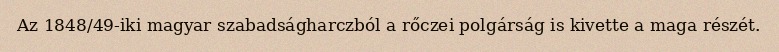
Az 1848/49-iki magyar szabadságharczból a rőczei polgárság is kivette a maga részét.